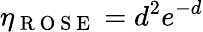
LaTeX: \eta_{\mathrm{~R~O~S~E~}}=d^{2}e^{-d}